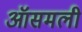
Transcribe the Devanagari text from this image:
ऑसमली